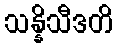
သန္နိသီဒတိ